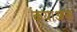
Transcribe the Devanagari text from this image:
कयाआस